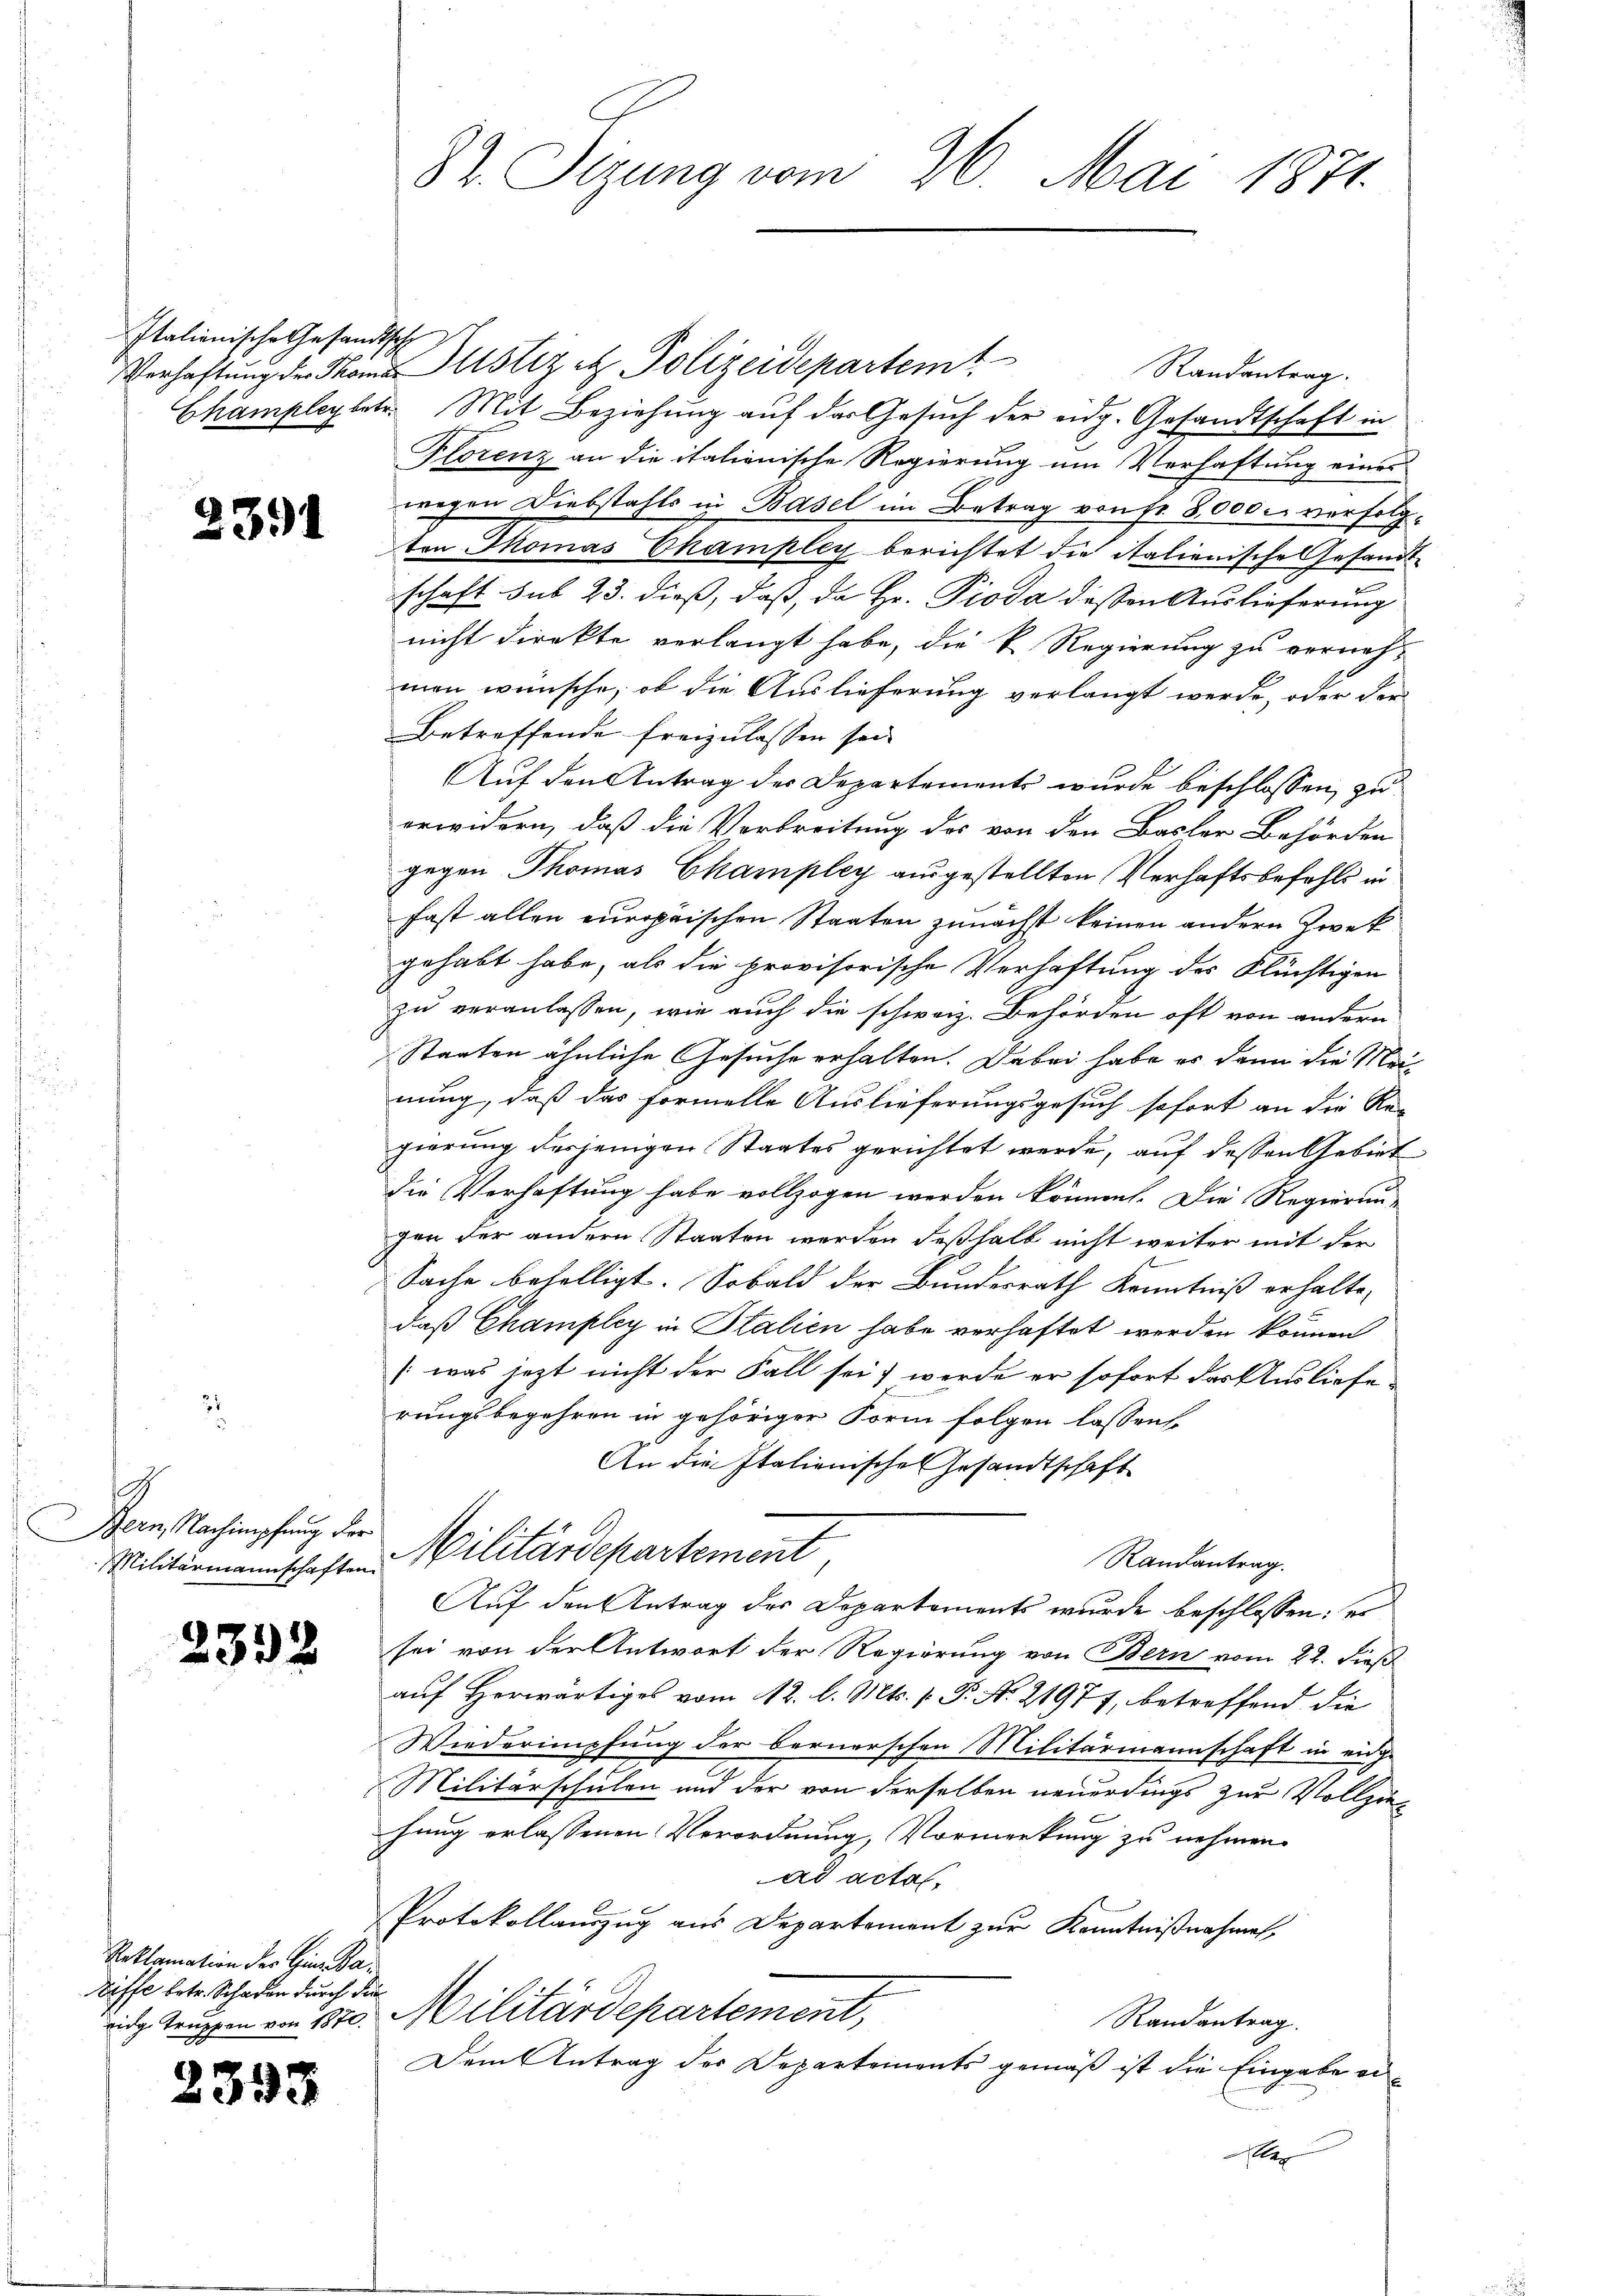
Italienische Gesandtsch

2391

2

h
Bern, Nachimpfung der
Militärmannschaften

2332

Reklamation der Hin- Pa¬
Riffe betr. Schaden durch die

2393

82. Sizung vom 26. Mai 1871.

Verhaftung der Thomas Justiz etz. Polizeidepartemt
Randantrag.
Champleybetr. Mit Beziehung auf das Gesuch der eidg. Gesandtschaft in
Florenz an die italienische Regierung um Verhaftung eines
wegen Diebstahls in Basel im Betrag von Fr. 8000. verfolgton Thomas Champley berichtet die italienische Gesandtschaft sub 23. dieß, daß, da Hr. Pioda dessen Auslieferung
nicht direkte verlangt habe, die k. Regierung zu verneh-
men wünsche, ob die Auslieferung verlangt werde, oder der
Betreffende freizulassen sei.
Auf den Antrag der Departements wurde beschlossen, zu
erwidern, daß die Verbreitung des von den Basler Behörden
gegen Thomas Champley ausgestellten Verhaftsbefehls in
fast allen europäischen Staaten zunächst keinen andern Zwek
gehabt habe, als die provisorische Verhaftung des Flüchtigen
zu veranlassen, wie auch die schweiz. Behörden oft von andern
Staaten ähnliche Gesuche erhalten. Dabei habe es dann die Meinung, daß das Formelle Auslieferungsgesuch sofort an die Re-
gierung desjenigen Staates gerichtet werde, auf dessen Gebiet
die Verhaftung habe vollzogen werden können. Die Regierung
gen der andern Staaten werden deßhalb nicht weiter mit der
Sache behelligt. Sobald der Bundesrath Kenntniß erhalte,
daß Champley in Stalien habe verhaftet werden können
(was jezt nicht der Fall sei; werde er sofort das Auslieferungsbegehren in gehöriger Form folgen lassens
An die Italienische Gesandtschaft
Militärdepartement
Randantrag.
Auf den Antrag des Departements wurde beschlossen: es
sei von der Antwort der Regierung von Bern vom 22. dieß
auf Horwärtiges vom 12. l. Mts. v. P. Nr. 21977, betreffend die
Wiederimpfung der bernerschen Militärmannschaft in eige
Militärschulen und der von derselben neuerdings zur Vollziehung erlassenen Verordnung, Vormerkung zu nehmen.
ad actes
Protokollauszug aus Departement zur Kenntnißnahmen,
eidg Truppen von St. Militärdepartement,
Randantrag.
Dem Antrag des Departements gemäß ist die Eingabe er¬